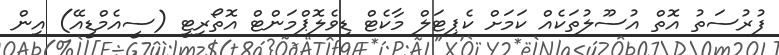
ފުރުސަތު އޮތް އުސޫލުތަކެއް ކަމަށް ކެޕިޓަލް މާކެޓް ޑިވެލޮޕްމަންޓް އޮތޯރިޓީ (ސީއެމްޑީއޭ) އިން